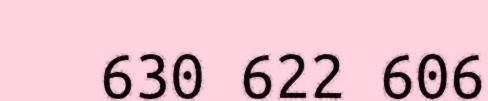
630 622 606